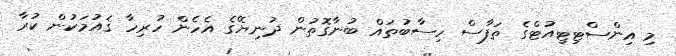
މި އިންސްޓިޓިއުޓްގެ ތަފާސް ހިސާބުތައް ބުނާގޮތުން ދުނިޔޭގެ އެހެން ހުރިހާ ޤައުމަކުން ކުރާ